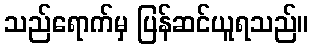
သည်ရောက်မှ ပြန်ဆင်ယူရသည်။